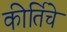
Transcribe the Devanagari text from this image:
कीर्तिचे